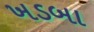
ખડબા